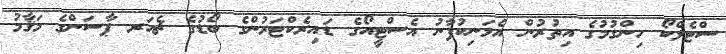
ސްޓެލްކޯ ހިންގުމުގެ އިތުރުން އެމަނިކުފާނު އެސްޓީއޯގެ ޑައިރެކްޓަރުންގެ ބޯޑުގެ ޗެއަރ ޕާސަންގެ މަޤާމު